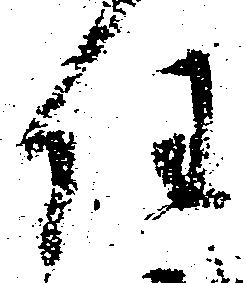
任